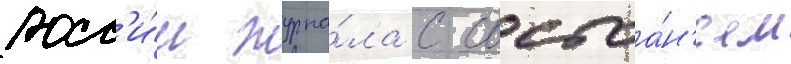
росс'и́и журна́ла с состоа́н'ием